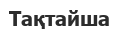
Тақтайша